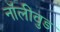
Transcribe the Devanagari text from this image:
नॉलीवुड